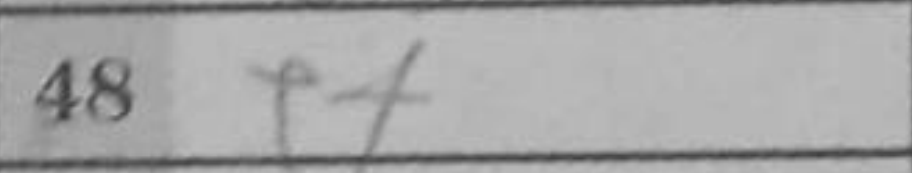
Transcription: e4